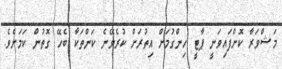
މަޝްވަރާ ކޮށްފައިވަނީ ޕާޓީ ހިންގުމަށް އިތުރަށް ކުރެވޭނެ ކަންތަކާ ބެހޭ ގޮތުން ކަމަށެވެ.